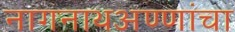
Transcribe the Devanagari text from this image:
नागनाथअण्णांचा